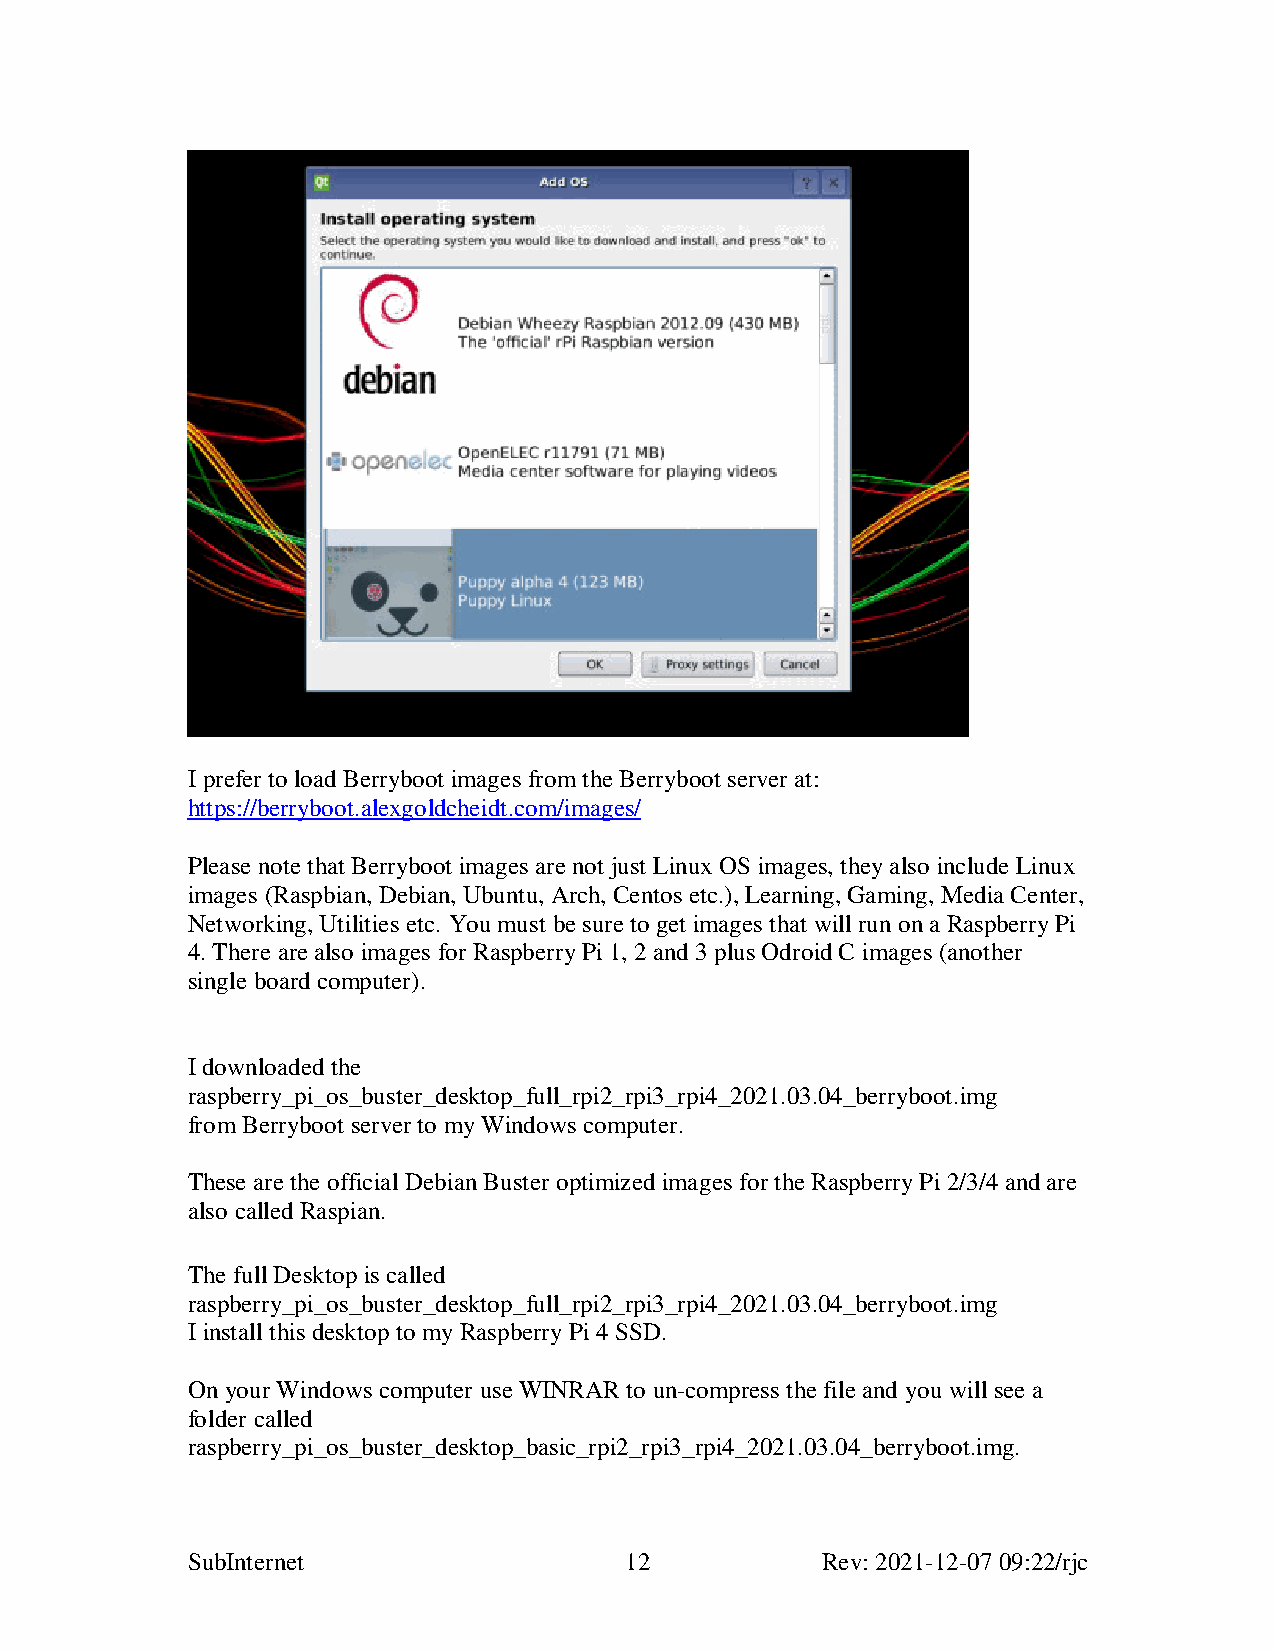
I prefer to load Berryboot images from the Berryboot server at:
 https://berryboot.alexgoldcheidt.com/images/
 Please note that Berryboot images are not just Linux OS images, they also include Linux
 images (Raspbian, Debian, Ubuntu, Arch, Centos etc.), Learning, Gaming, Media Center,
 Networking, Utilities etc. You must be sure to get images that will run on a Raspberry Pi
 4. There are also images for Raspberry Pi 1, 2 and 3 plus Odroid C images (another
 single board computer).
 I downloaded the
 raspberry_pi_os_buster_desktop_full_rpi2_rpi3_rpi4_2021.03.04_berryboot.img
 from Berryboot server to my Windows computer.
 These are the official Debian Buster optimized images for the Raspberry Pi 2/3/4 and are
 also called Raspian.
 The full Desktop is called
 raspberry_pi_os_buster_desktop_full_rpi2_rpi3_rpi4_2021.03.04_berryboot.img
 I install this desktop to my Raspberry Pi 4 SSD.
 On your Windows computer use WINRAR to un-compress the file and you will see a
 folder called
 raspberry_pi_os_buster_desktop_basic_rpi2_rpi3_rpi4_2021.03.04_berryboot.img.
 SubInternet                  12           Rev: 2021-12-07 09:22/rjc